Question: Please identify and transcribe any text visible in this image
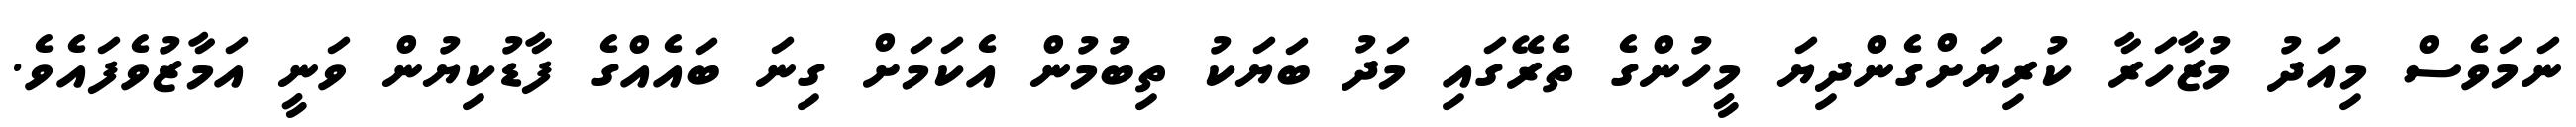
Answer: ނަމަވެސް މިއަދު މުޒާހަރާ ކުރިޔަށްގެންދިޔަ މީހުންގެ ތެރޭގައި މަދު ބަޔަކު ތިބުމުން އެކަމަށް ގިނަ ބައެއްގެ ފާޑުކިޔުން ވަނީ އަމާޒުވެފައެވެ.